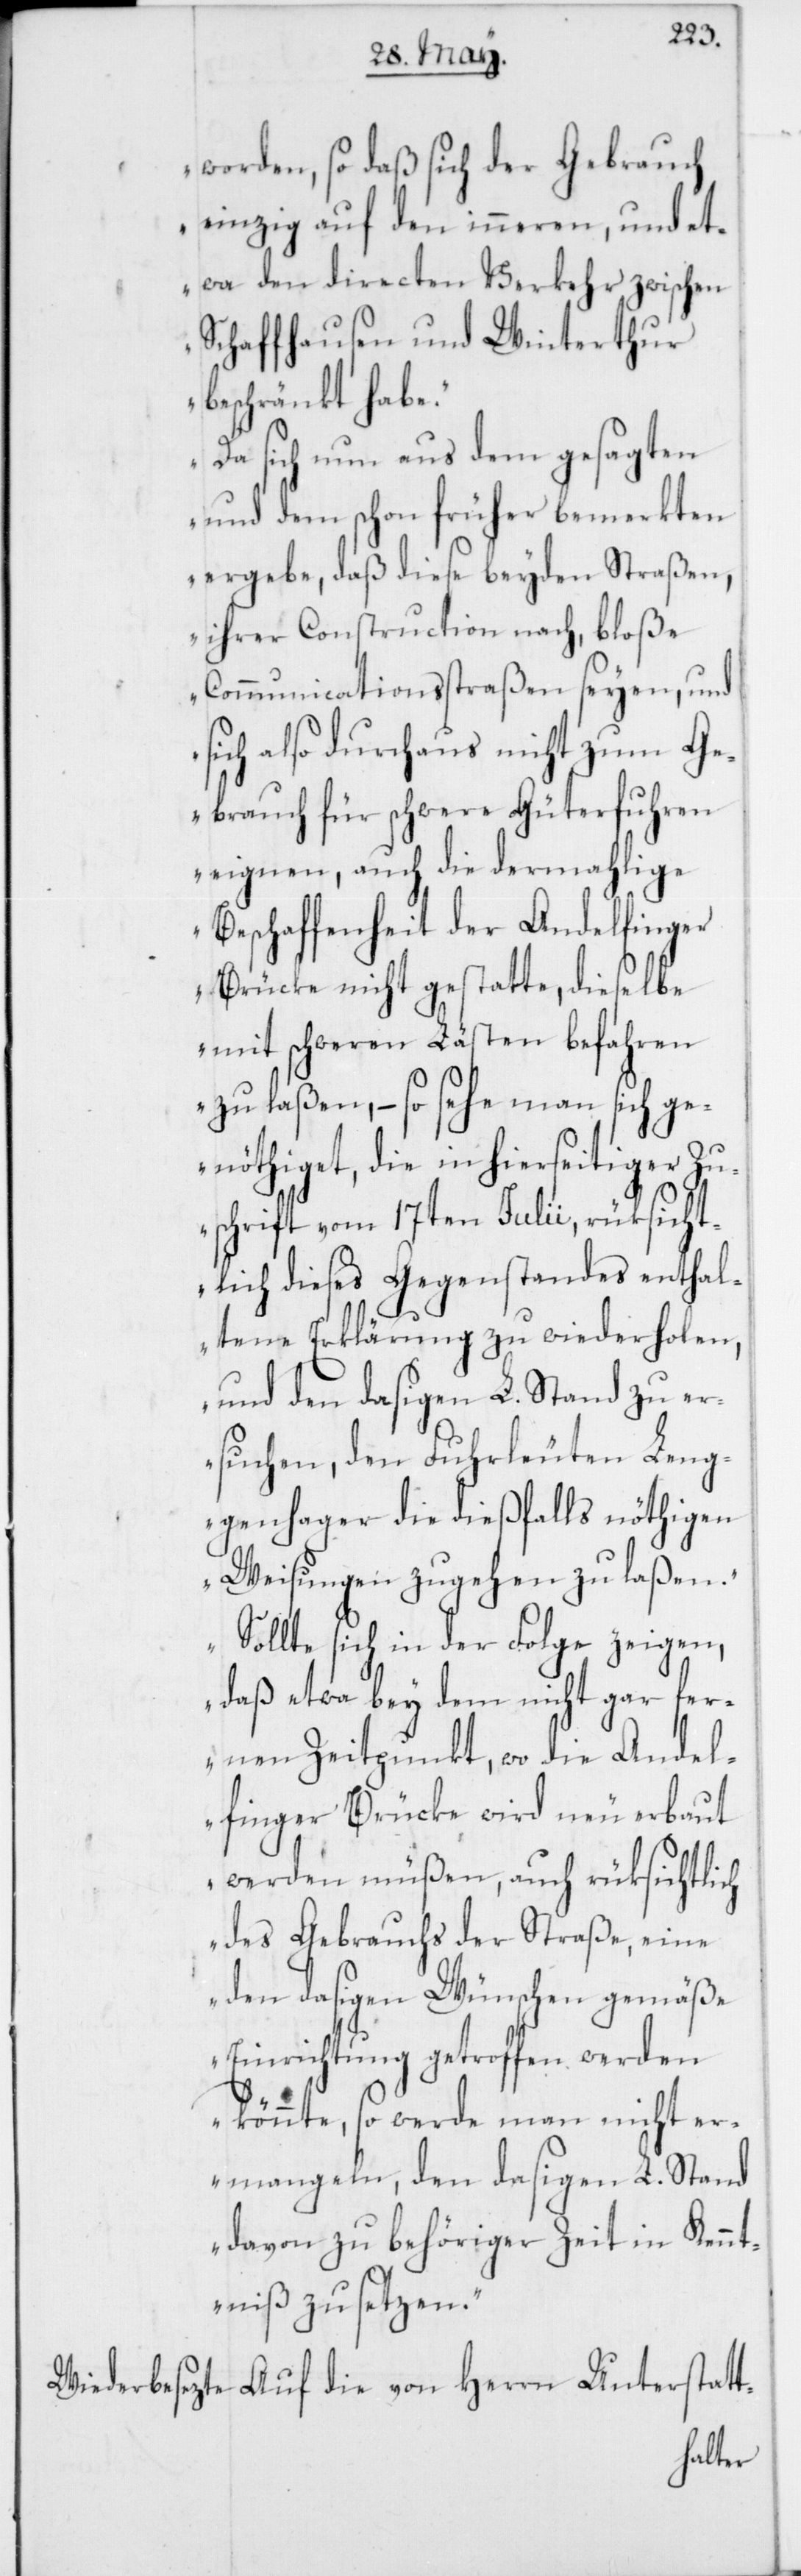
worden, so daß sich der Gebrauch
einzig auf den inneren, und et¬
wa den directen Verkehr zwischen
Schaffhausen und Winterthur
beschränkt habe.
Da sich nun aus dem gesagten
und dem schon früher bemerkten
ergebe, daß diese beyden Straßen,
ihrer Construction nach, bloße
Communicationsstraßen seyen, und
sich also durchaus nicht zum Ge¬
brauch für schwere Güterfuhren
eignen, auch die dermahlige
Beschaffenheit der Andelfinger
Brücke nicht gestatte, dieselbe
mit schweren Lästen [sic!]
zu laßen, – so sehe man sich g¬
enöthiget, die in hierseitiger Zu¬
schrift vom 17ten Julii, rüksicht¬
lich dieses Gegenstandes enthal¬
tene Erklärung zu wiederholen,
und den dasigen L. Stand zu er¬
suchen, den Fuhrleuten Leng¬
genhager die dießfalls nöthigen
Weisungen zugehen zu laßen.
Sollte sich in der Folge zeigen,
daß etwa bey dem nicht gar fer¬
nen Zeitpunkt, wo die Andel¬
finger Brücke wird neu erbaut
werden müßen, auch rüksichtlich
des Gebrauchs der Straße, eine
den dasigen Wünschen gemäße
Einrichtung getroffen werden
könnte, so werde man nicht er¬
mangeln, den dasigen L. Stand
davon zu behöriger Zeit in Kennt¬
niß zu setzen.“